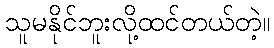
သူမနိုင်ဘူးလို့ထင်တယ်တဲ့။